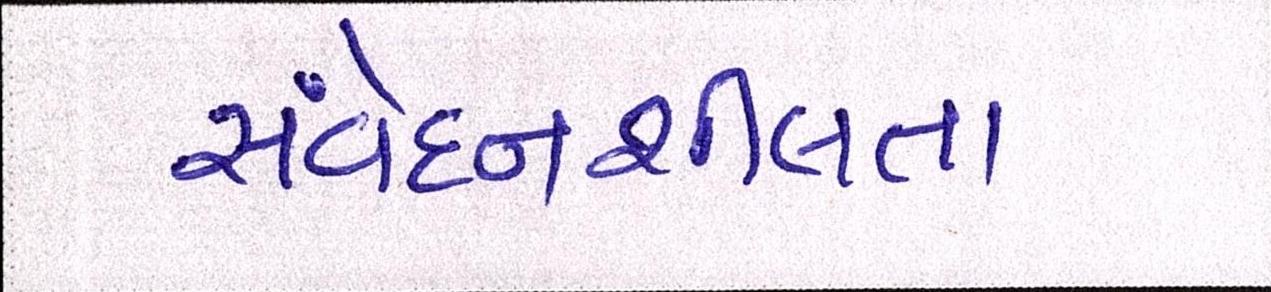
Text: સંવેદનશીલતા